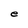
Character: e